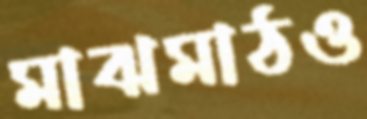
মাঝমাঠও